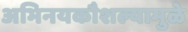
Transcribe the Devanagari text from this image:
अभिनयकौशल्यामुळे